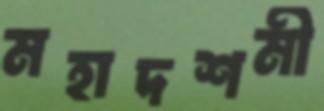
মহাদশমী